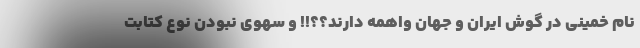
نام خمینی در گوش ایران و جهان واهمه دارند؟؟!! و سهوی نبودن نوع کتابت